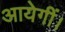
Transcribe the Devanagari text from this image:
आयेगीं।